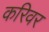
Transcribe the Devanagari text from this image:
करिवर